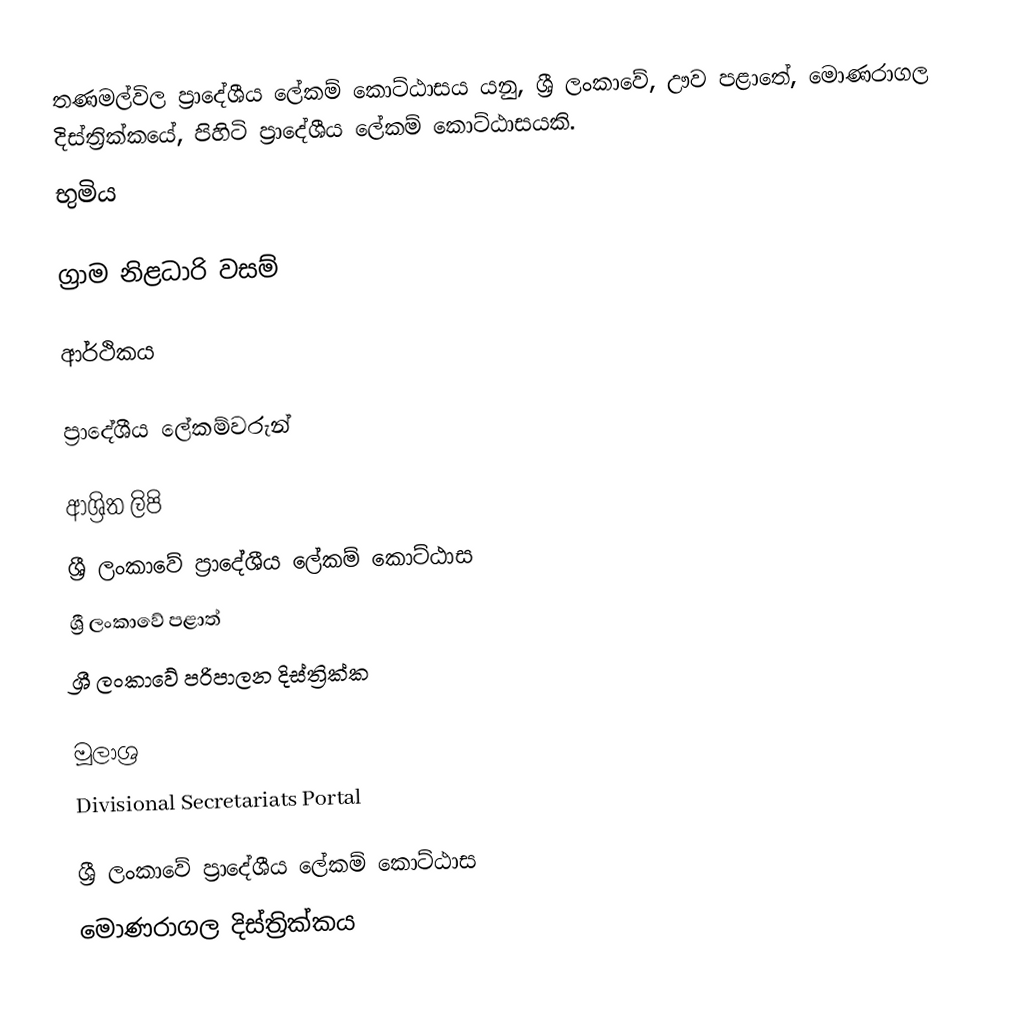
තණමල්විල ප්‍රාදේශීය ලේකම් කොට්ඨාසය යනු,  ශ්‍රී ලංකාවේ, ඌව පළාතේ,   මොණරාගල දිස්ත්‍රික්කයේ, පිහිටි ප්‍රාදේශීය ලේකම් කොට්ඨාසයකි.
භුමිය

ග්‍රාම නිළධාරි වසම්

ආර්ථිකය

ප්‍රාදේශීය ලේකම්වරුන්

ආශ්‍රිත ලිපි
ශ්‍රී ලංකාවේ ප්‍රාදේශීය ලේකම් කොට්ඨාස
ශ්‍රී ලංකාවේ පළාත්
ශ්‍රී ලංකාවේ පරිපාලන දිස්ත්‍රික්ක

මූලාශ්‍ර
 Divisional Secretariats Portal

ශ්‍රී ලංකාවේ ප්‍රාදේශීය ලේකම් කොට්ඨාස
මොණරාගල දිස්ත්‍රික්කය